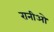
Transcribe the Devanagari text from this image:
रानीओ